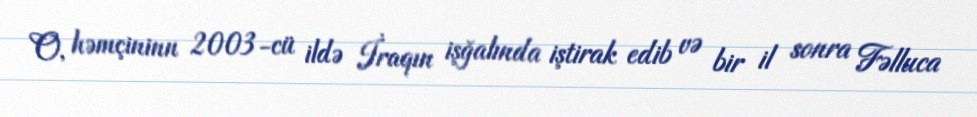
O, həmçininn 2003-cü ildə İraqın işğalında iştirak edib və bir il sonra Fəlluca